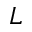
L